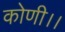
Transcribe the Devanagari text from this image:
कोणी।।